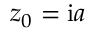
z _ { 0 } = \mathrm { i } a